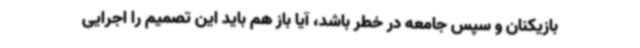
بازیکنان و سپس جامعه در خطر باشد، آیا باز هم باید این تصمیم را اجرایی